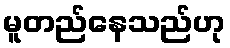
မူတည်နေသည်ဟု